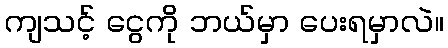
ကျသင့် ငွေကို ဘယ်မှာ ပေးရမှာလဲ။